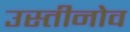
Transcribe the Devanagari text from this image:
उस्तीनोव